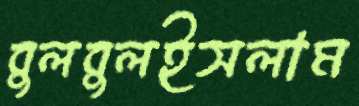
বুলবুলইসলাম